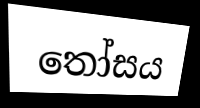
තෝසය